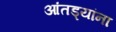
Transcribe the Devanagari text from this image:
आंतड्यांना